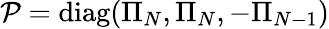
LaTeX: \mathcal{P}=\textrm{diag}(\Pi_{N},\Pi_{N},-\Pi_{N-1})